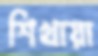
শিখায়া